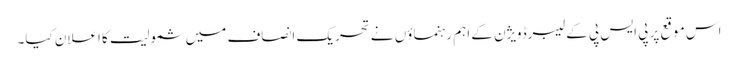
اس موقع پر پی ایس پی کے لیبرڈویژن کے اہم رہنماؤں نے تحریک انصاف میں شمولیت کا اعلان کیا۔